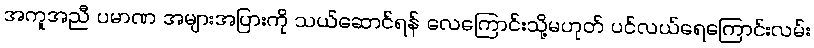
အကူအညီ ပမာဏ အများအပြားကို သယ်ဆောင်ရန် လေကြောင်းသို့မဟုတ် ပင်လယ်ရေကြောင်းလမ်း